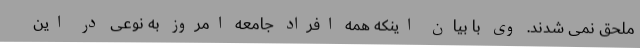
ملحق نمی شدند. وی با بیان اینکه همه افراد جامعه امروز به نوعی در این